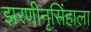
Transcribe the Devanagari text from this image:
झरणीनृसिंहाला